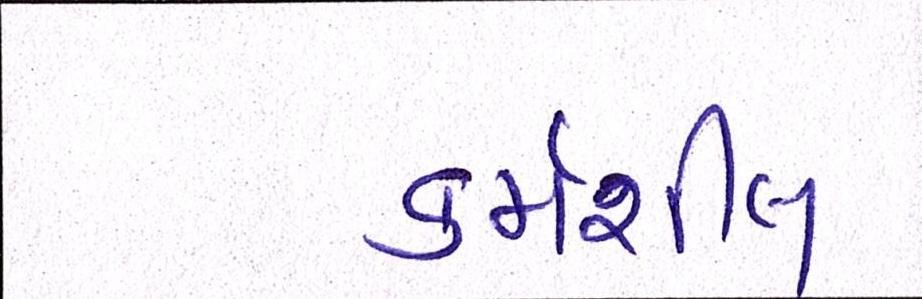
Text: કર્મશીલ